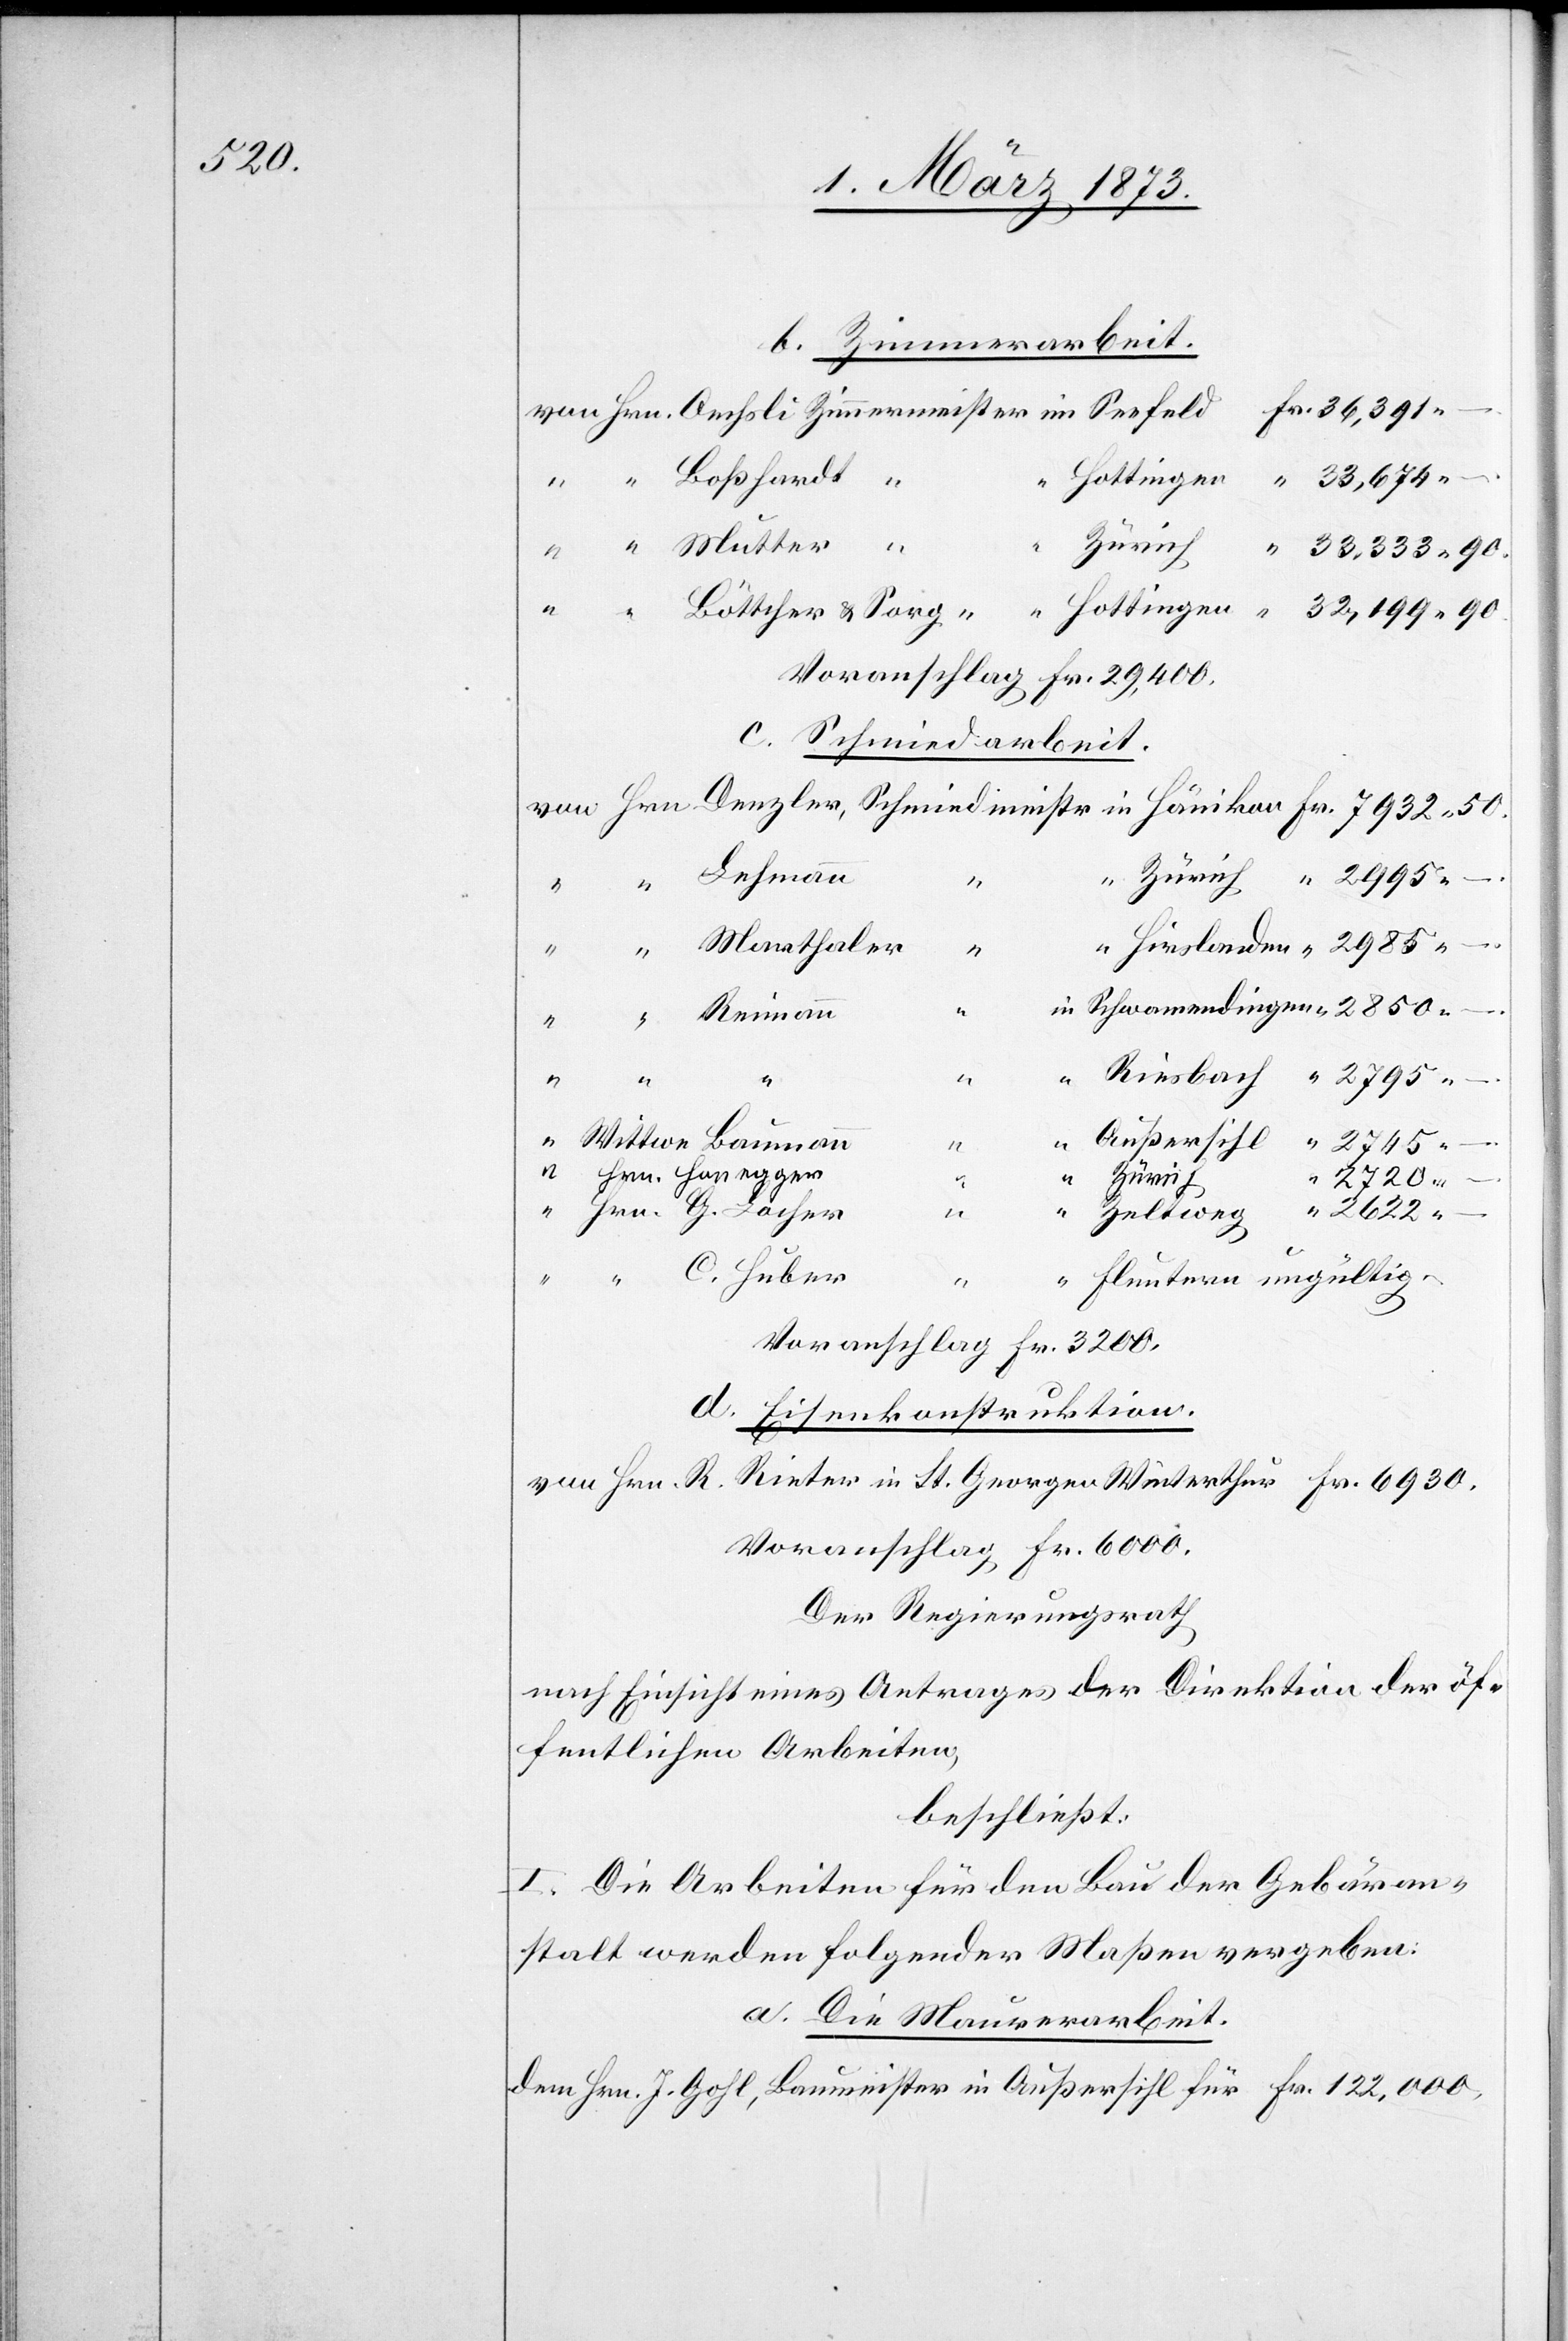
Sch¬

b. Zimmerarbeit.
in
Fr. 36,391.-.
Hottingen
“ 33,674.-.
Zürich
“ 32,199.90.
Voranschlag Fr. 29,400.
c. Schmiedarbeit.
Hrn.
Marthaler
G.
“
Baumann
Zürich
“ 2720.-.
“
ter
wamendingen
2622.-.
Zeltweg
C. Huber
Fluntern ungültig.
Voranschlag Fr. 3200.
d. Eisenkonstruktion.
von Hrn. R. Rieter in St. Georgen Winterthur 				Fr. 6930.
Voranschlag Fr. 6000.
Der Regierungsrath
nach Einsicht eines Antrages der Direktion der öf¬
fentlichen Arbeiten,
beschließt:
I. Die Arbeiten für den Bau der Gebäran¬
stalt werden folgernder Maßen vergeben:
a. Die Maurerarbeit.
dem Hrn. J. Gohl, Baumeister in Außersihl für Fr. 122,000.